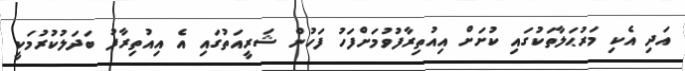
އަދި އެކި މަރުޙަލާތަކުގައި ކުށަށް އިއުތިރާފުވުމަށްފަހު ފަހުން ޝަރީއަތުގައި އެ އިއުތިރާފު ބަދަލުކުރުމަކީ